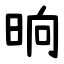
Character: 晌